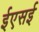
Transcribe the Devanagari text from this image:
ईएसई